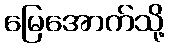
မြေအောက်သို့